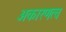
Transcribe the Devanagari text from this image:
अकारणत्व